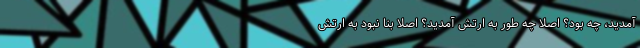
آمدید، چه بود؟ اصلاً چه طور به ارتش آمدید؟ اصلاً بنا نبود به ارتش